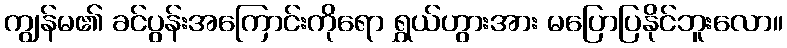
ကျွန်မ၏ ခင်ပွန်းအကြောင်းကိုရော ရွှယ်ဟွားအား မပြောပြနိုင်ဘူးလော။